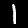
Digit: 1